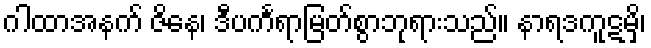
ဂါထာအနက် ဇိနေ၊ ဒီပင်္ကရာမြတ်စွာဘုရားသည်။ နာရဒကူဋမှိ၊